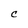
Character: C